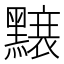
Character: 𪒌